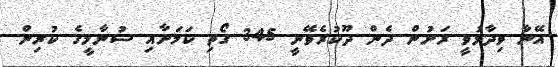
އޭނާ ވިދާޅުވީ ރަށުން ދެން ދޫކުރެވޭނީ 345 ގޯތި ކަމަށާއި ސުނާމީގެ ކުރިން